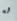
له